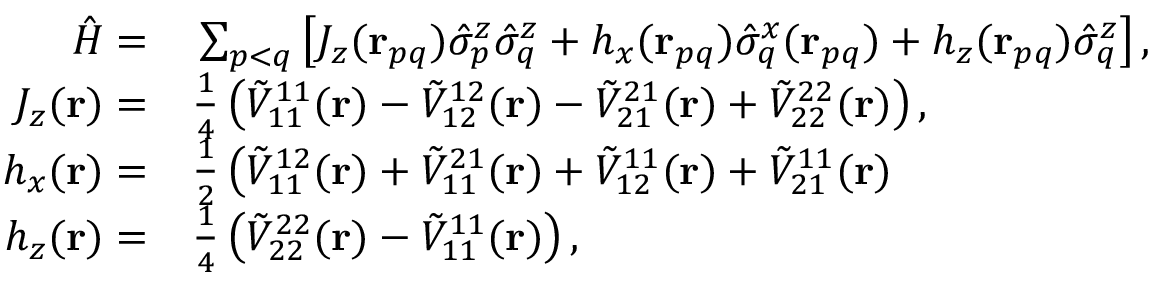
\begin{array} { r l } { \hat { H } = } & { { } \sum _ { p < q } \left[ J _ { z } ( \mathbf { r } _ { p q } ) \hat { \sigma } _ { p } ^ { z } \hat { \sigma } _ { q } ^ { z } + h _ { x } ( \mathbf { r } _ { p q } ) \hat { \sigma } _ { q } ^ { x } ( \mathbf { r } _ { p q } ) + h _ { z } ( \mathbf { r } _ { p q } ) \hat { \sigma } _ { q } ^ { z } \right] , } \\ { J _ { z } ( \mathbf { r } ) = } & { { } \frac { 1 } { 4 } \left( \tilde { V } _ { 1 1 } ^ { 1 1 } ( \mathbf { r } ) - \tilde { V } _ { 1 2 } ^ { 1 2 } ( \mathbf { r } ) - \tilde { V } _ { 2 1 } ^ { 2 1 } ( \mathbf { r } ) + \tilde { V } _ { 2 2 } ^ { 2 2 } ( \mathbf { r } ) \right) , } \\ { h _ { x } ( \mathbf { r } ) = } & { { } \frac { 1 } { 2 } \left( \tilde { V } _ { 1 1 } ^ { 1 2 } ( \mathbf { r } ) + \tilde { V } _ { 1 1 } ^ { 2 1 } ( \mathbf { r } ) + \tilde { V } _ { 1 2 } ^ { 1 1 } ( \mathbf { r } ) + \tilde { V } _ { 2 1 } ^ { 1 1 } ( \mathbf { r } ) \right. } \\ { h _ { z } ( \mathbf { r } ) = } & { { } \frac { 1 } { 4 } \left( \tilde { V } _ { 2 2 } ^ { 2 2 } ( \mathbf { r } ) - \tilde { V } _ { 1 1 } ^ { 1 1 } ( \mathbf { r } ) \right) , } \end{array}